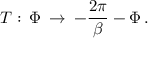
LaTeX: T : \, \Phi \: \rightarrow \: - \frac { 2 \pi } { \beta } - \Phi \, .